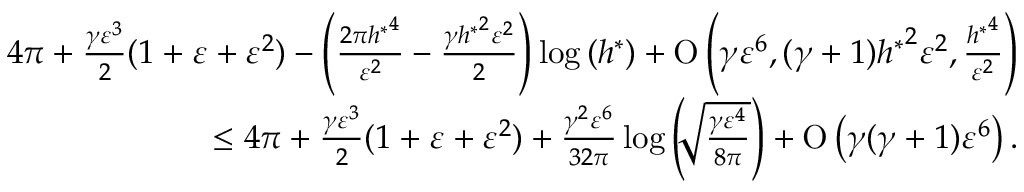
\begin{array} { r } { 4 \pi + \frac { \gamma \varepsilon ^ { 3 } } { 2 } ( 1 + \varepsilon + \varepsilon ^ { 2 } ) - \left( \frac { 2 \pi { h ^ { \ast } } ^ { 4 } } { \varepsilon ^ { 2 } } - \frac { \gamma { h ^ { \ast } } ^ { 2 } \varepsilon ^ { 2 } } { 2 } \right) \log { ( h ^ { \ast } ) } + \ensuremath { \operatorname { O } \left( \gamma \varepsilon ^ { 6 } , ( \gamma + 1 ) { h ^ { \ast } } ^ { 2 } \varepsilon ^ { 2 } , \frac { { h ^ { \ast } } ^ { 4 } } { \varepsilon ^ { 2 } } \right) } } \\ { \leq 4 \pi + \frac { \gamma \varepsilon ^ { 3 } } { 2 } ( 1 + \varepsilon + \varepsilon ^ { 2 } ) + \frac { \gamma ^ { 2 } \varepsilon ^ { 6 } } { 3 2 \pi } \log { \left( \sqrt [ ] { \frac { \gamma \varepsilon ^ { 4 } } { 8 \pi } } \right) } + \ensuremath { \operatorname { O } \left( \gamma ( \gamma + 1 ) \varepsilon ^ { 6 } \right) } . } \end{array}